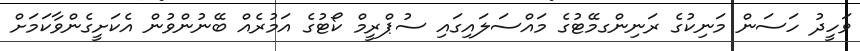
ވަހީދު ހަސަން މަނިކުގެ ރަނިންގމޭޓުގެ މައްސަލައިގައި ސުޕްރީމް ކޯޓުގެ އަމުރެއް ބޭނުންވުން އެކަށީގެންވާކަމަށް